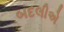
બદલીએ